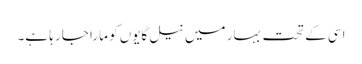
اسی کے تحت بہار میں نیل گایوں کو مارا جا رہا ہے۔